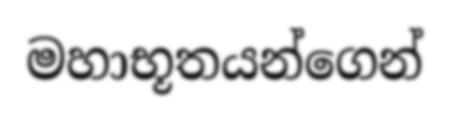
මහාභූතයන්ගෙන්